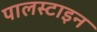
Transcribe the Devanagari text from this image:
पालस्टाइन